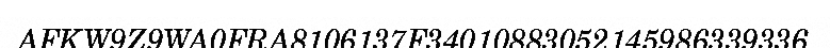
AFKW9Z9WA0FRA8106137F34010883052145986339336